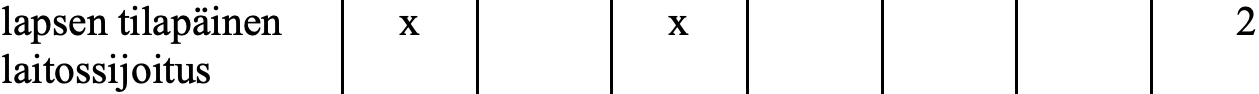
lapsen tilapäinen x   x                  2 laitossijoitus